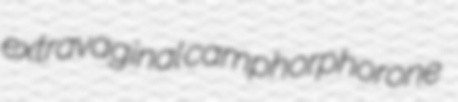
extravaginal camphorphorone